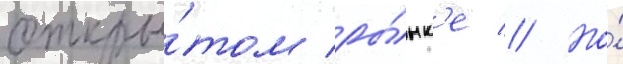
откры́том ры́нк'е // Но́